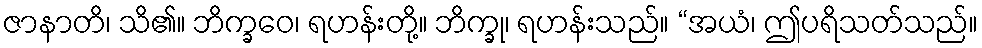
ဇာနာတိ၊ သိ၏။ ဘိက္ခဝေ၊ ရဟန်းတို့။ ဘိက္ခု၊ ရဟန်းသည်။ “အယံ၊ ဤပရိသတ်သည်။